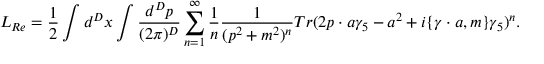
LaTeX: { \cal L } _ { R e } = { \frac { 1 } { 2 } } \int d ^ { D } x \int \frac { d ^ { D } p } { ( 2 \pi ) ^ { D } } \sum _ { n = 1 } ^ { \infty } { \frac { 1 } { n } } \frac { 1 } { ( p ^ { 2 } + m ^ { 2 } ) ^ { n } } T r ( 2 p \cdot a \gamma _ { 5 } - a ^ { 2 } + i \{ \gamma \cdot a , m \} \gamma _ { 5 } ) ^ { n } .